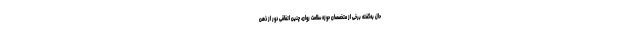
حال به‌گفته برخی از متخصصان حوزه سلامت روان، چنین اتفاقی دور از ذهن